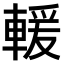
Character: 𫏺